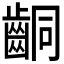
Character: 𪘍